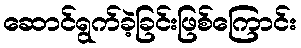
ဆောင်ရွက်ခဲ့ခြင်းဖြစ်ကြောင်း